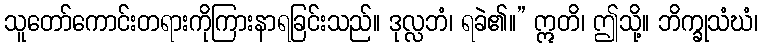
သူတော်ကောင်းတရားကိုကြားနာရခြင်းသည်။ ဒုလ္လဘံ၊ ရခဲ၏။” ဣတိ၊ ဤသို့။ ဘိက္ခုသံဃံ၊